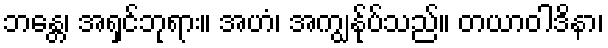
ဘန္တေ၊ အရှင်ဘုရား။ အဟံ၊ အကျွန်ုပ်သည်။ တယာဝါဒိနာ၊